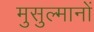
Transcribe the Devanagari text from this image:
मुसुल्मानों